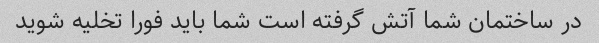
در ساختمان شما آتش گرفته است شما باید فورا تخلیه شوید